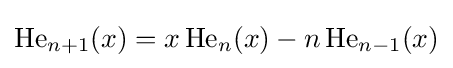
\operatorname {He} _{n+1}(x)=x\operatorname {He} _{n}(x)-n\operatorname {He} _{n-1}(x)